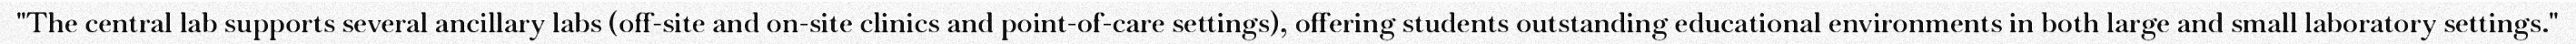
"The central lab supports several ancillary labs (off-site and on-site clinics and point-of-care settings), offering students outstanding educational environments in both large and small laboratory settings."